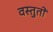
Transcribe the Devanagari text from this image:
वस्तुतों